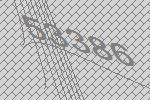
53386